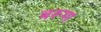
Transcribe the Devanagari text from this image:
बरूण